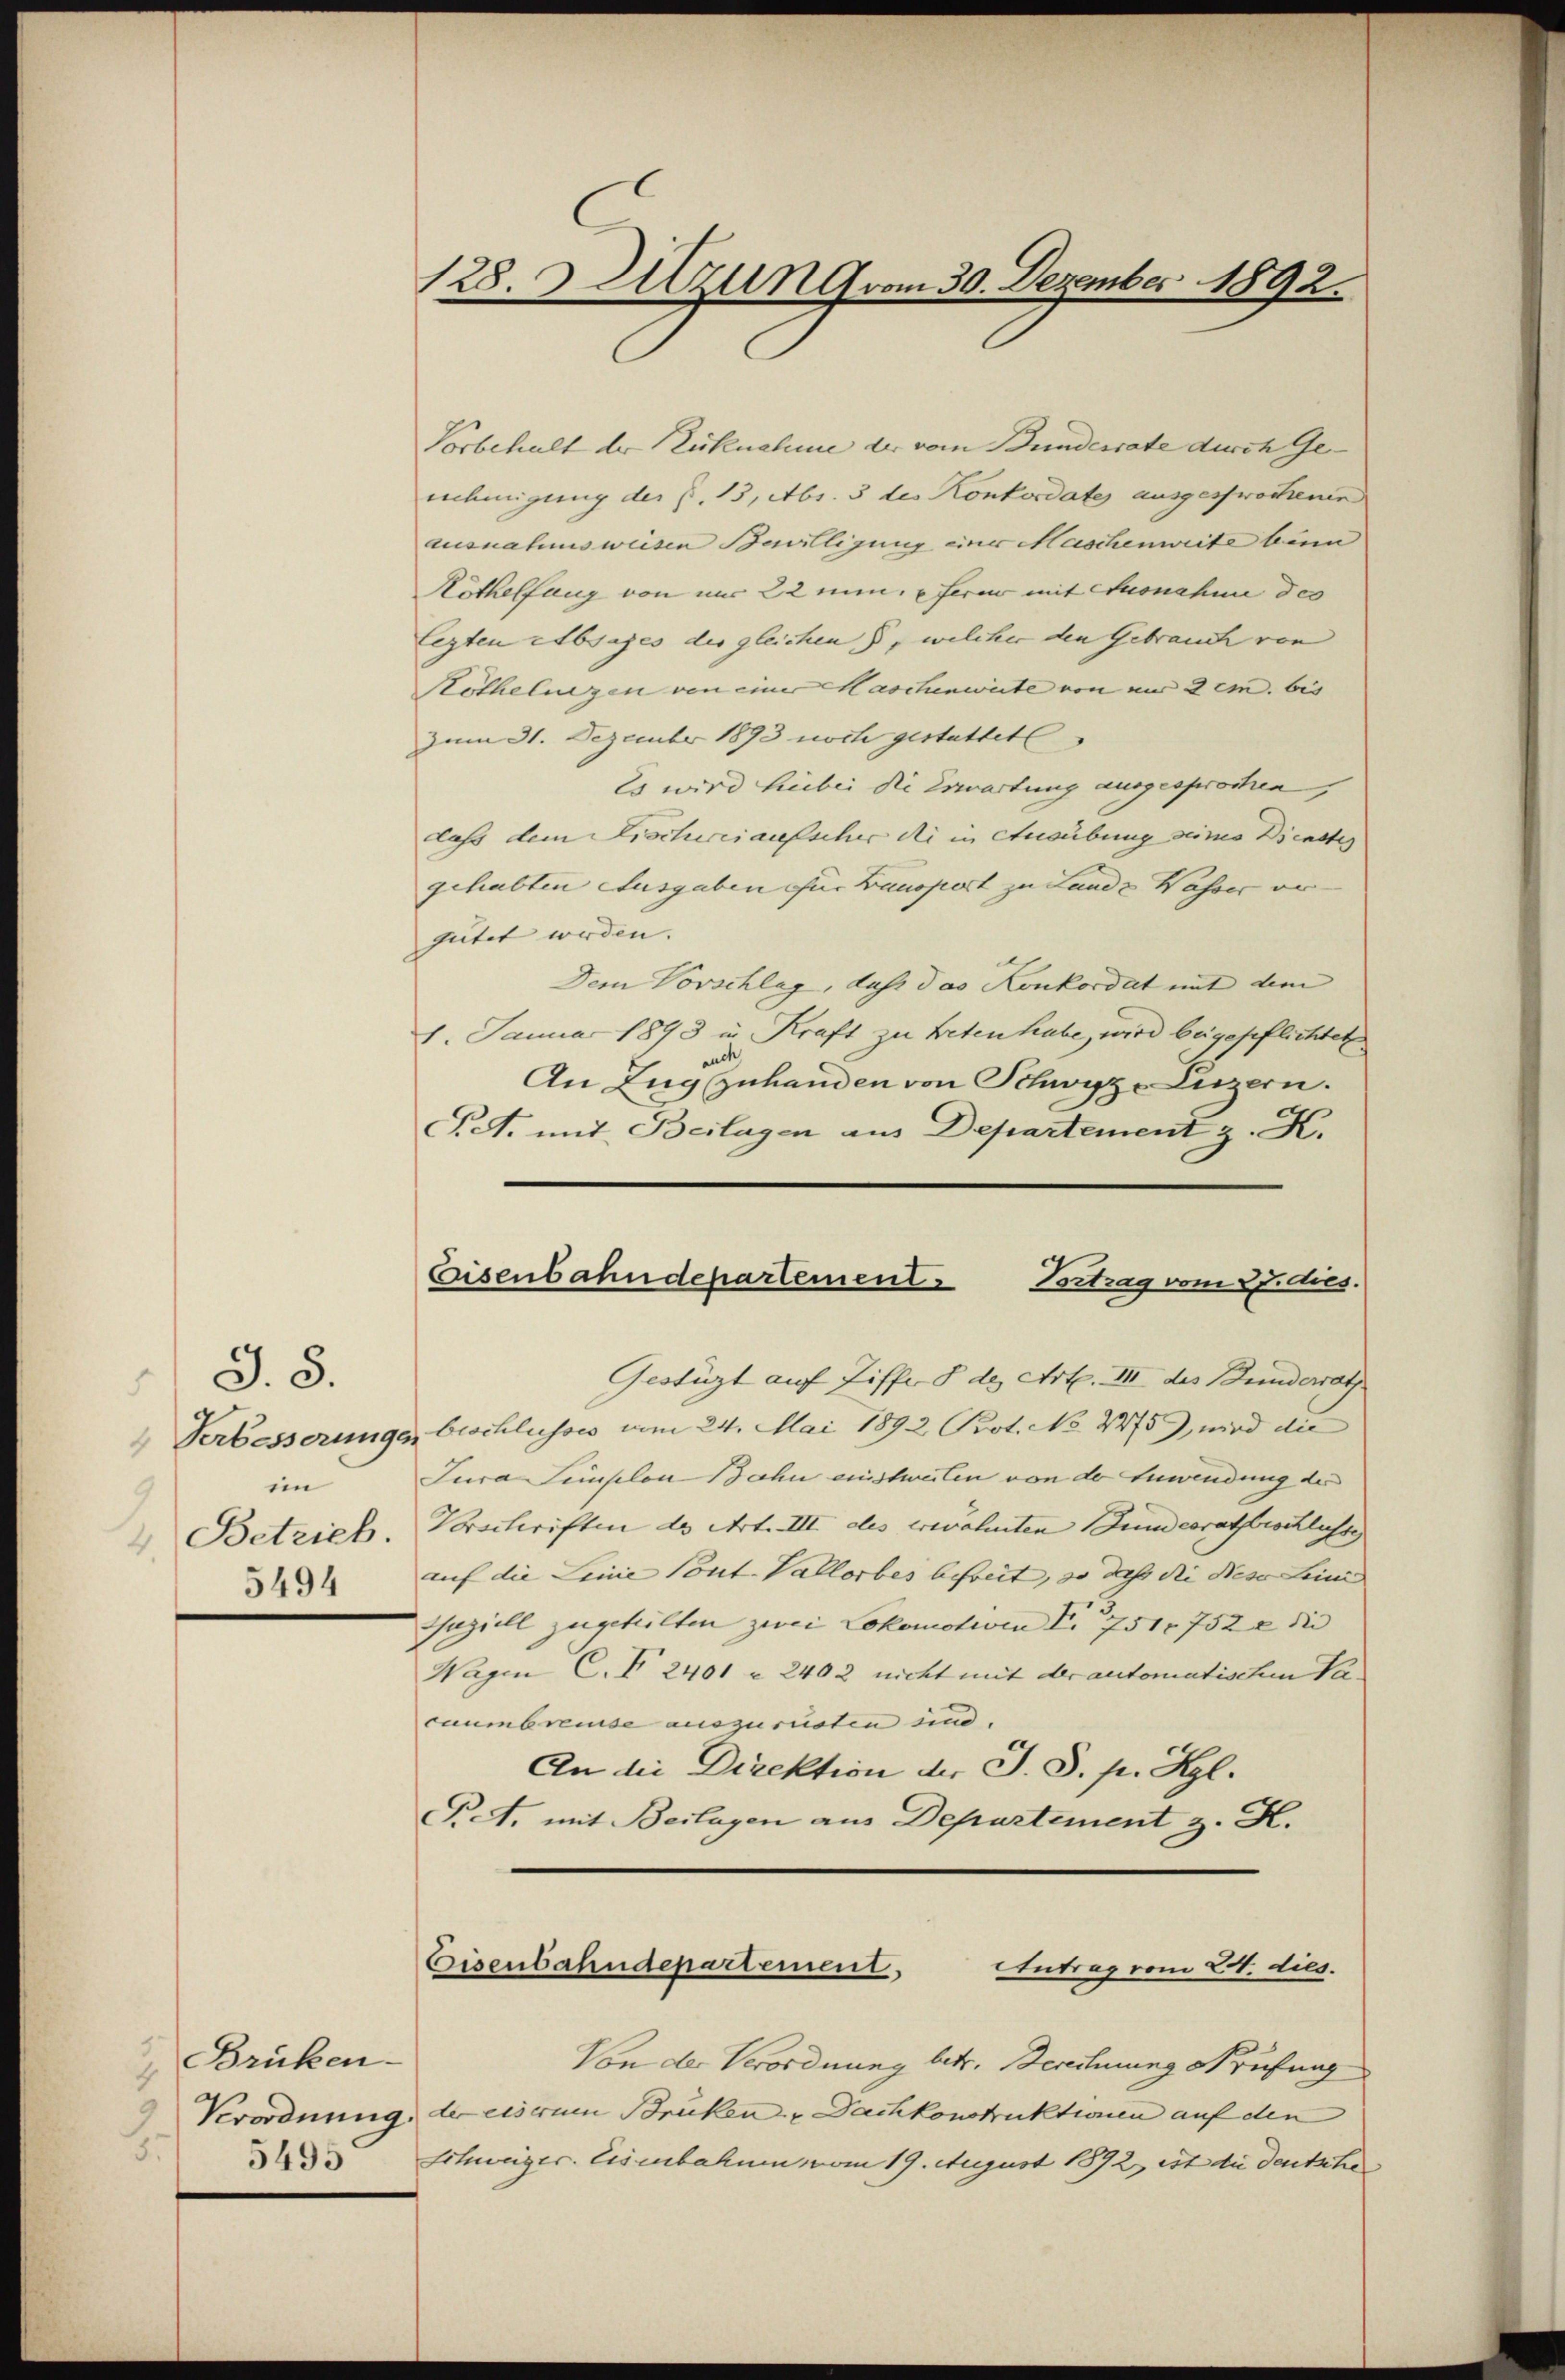
J. 8.
.
 Verbesserungs
im
 Betrieb.
5494

Brüken¬
2
55
5495

128. Azung vom 30. Dezember 1892.

Eisenbahndepartemente Vortrag vom Eides.

Vorbehalt der Rücknahme der vom Bunderrate durch Ge
nnehmigung der §. 13, Abs. 3 des Konkordate ausgesprochenen
ausnahmsweisen Bewilligung einer Maschenweite beim
Köthelfang von nur 22 nun, ferar mit Ausnahme des
legten Absages der gleichen , welcher den Gebrauch von
Köthelungen von einer Maschenwirte von und 2 cm. bis
zum 31. Dezember 1893 noch gestattet
Es wird hiebei die Erwartung ausgesprochen,
daß dem Fischeiaufscher di in Ausübung seines Dienste
gehabten Ausgaben für Bauoport zu Landz Wasser vo
gütet werden. |
Dem Vorschlag, daß das Konkordat mit dem
1. Januar 1898 in Kraft zu treten habe, wird beigepflichtet
auch
An Zug zuhanden von Schwyz -Luzern.
Pet. mit Beilagen aus Departement z. K.
Gestüzt auf Ziffe §. de. Art. III des Bunderrath
bischlusses vom 24. Mai 1892 Prot. No 2275), wird die
Jura simplon Jahn einstweilen von der Anwendung des
Vorschriften des Art. III des erwähnten Fundesrathsbeschlusse
auf die Leine Cout. Vallorbes befreit, so dass die Diese Leine
Geziell zugeteilten zwei Lokomotiven I. 751. 752 2 die
Wagen C. F 2401 - 2402 nicht mit der automatischen Ver- |
caumbreude auszurüsten und
An die Direktion der J. S. p. Kgl.
Pet. mit Beilagen aus Departement z. K.
Eisenbahndepartement,
Antrag vom 24. dies
Von der Verordnung betr. Berechnung Prüfung
Verordnung, der eiserem Brüken & Dachkonstruktionen auf den
Schweizer. Eisenbahnen vom 19. August 1872 ist die Deutsche